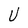
Character: U